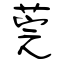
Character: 莞